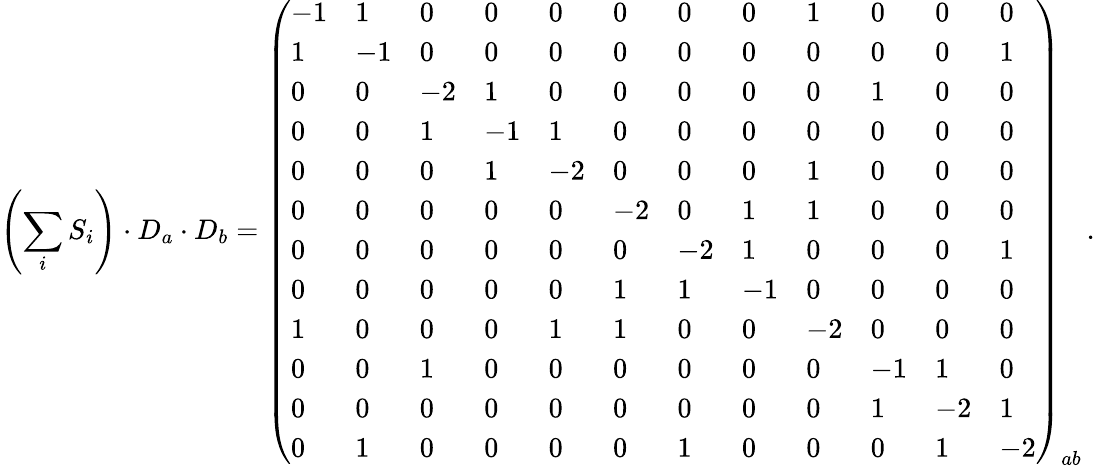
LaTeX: \left(\sum_{i}S_{i}\right)\cdot D_{a}\cdot D_{b}=\left(\begin{array}{llllllllllll}{-1}&{1}&{0}&{0}&{0}&{0}&{0}&{0}&{1}&{0}&{0}&{0}\\ {1}&{-1}&{0}&{0}&{0}&{0}&{0}&{0}&{0}&{0}&{0}&{1}\\ {0}&{0}&{-2}&{1}&{0}&{0}&{0}&{0}&{0}&{1}&{0}&{0}\\ {0}&{0}&{1}&{-1}&{1}&{0}&{0}&{0}&{0}&{0}&{0}&{0}\\ {0}&{0}&{0}&{1}&{-2}&{0}&{0}&{0}&{1}&{0}&{0}&{0}\\ {0}&{0}&{0}&{0}&{0}&{-2}&{0}&{1}&{1}&{0}&{0}&{0}\\ {0}&{0}&{0}&{0}&{0}&{0}&{-2}&{1}&{0}&{0}&{0}&{1}\\ {0}&{0}&{0}&{0}&{0}&{1}&{1}&{-1}&{0}&{0}&{0}&{0}\\ {1}&{0}&{0}&{0}&{1}&{1}&{0}&{0}&{-2}&{0}&{0}&{0}\\ {0}&{0}&{1}&{0}&{0}&{0}&{0}&{0}&{0}&{-1}&{1}&{0}\\ {0}&{0}&{0}&{0}&{0}&{0}&{0}&{0}&{0}&{1}&{-2}&{1}\\ {0}&{1}&{0}&{0}&{0}&{0}&{1}&{0}&{0}&{0}&{1}&{-2}\end{array}\right)_{ab}\, .